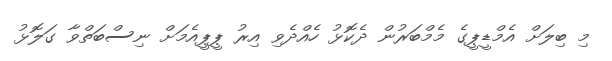
މި ބިލަށް އެމްޑީޕީގެ މެމްބަރުން ދެކޮޅު ހެއްދެވި އިރު ޕީޕީއެމަށް ނިސްބަތްވާ ގަލޮޅު